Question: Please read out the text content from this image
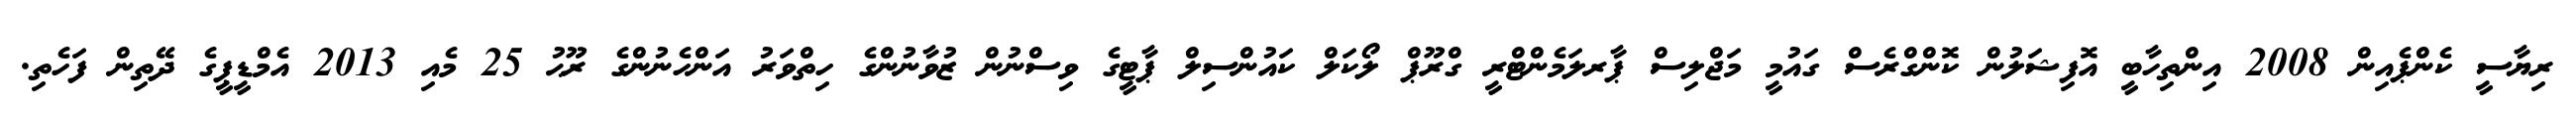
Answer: ރިޔާސީ ކެންޕެއިން 2008 އިންތިހާބީ އޮފިޝަލުން ކޮންގްރެސް ގައުމީ މަޖްލިސް ޕާރލަމެންޓްރީ ގްރޫޕް ލޯކަލް ކައުންސިލް ޕާޓީގެ ވިސްނުން ޒުވާނުންގެ ހިތްވަރު އަންހެނުންގެ ރޫޙު 25 މެއި 2013 އެމްޑީޕީގެ ދޭތިން ފަހެތި.